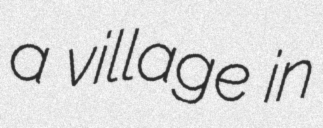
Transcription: a village in